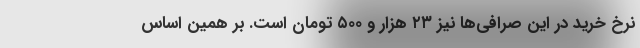
نرخ خرید در این صرافی‌ها نیز ۲۳ هزار و ۵۰۰ تومان است. بر همین‌ اساس